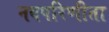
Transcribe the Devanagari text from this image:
नवपरिणीता